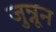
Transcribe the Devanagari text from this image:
जुन्नून